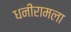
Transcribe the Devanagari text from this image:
धनीरामला